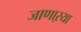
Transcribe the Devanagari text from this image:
जाणाऱया